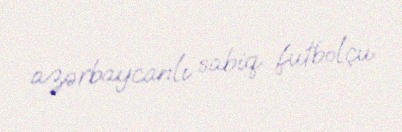
azərbaycanlı sabiq futbolçu.